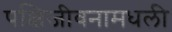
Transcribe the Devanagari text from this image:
पक्षिजीवनामधली